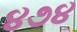
૪૭૪